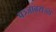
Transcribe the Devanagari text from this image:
पञ्जाबराज्य